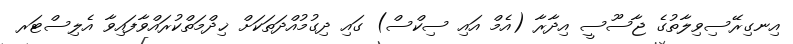
އިނގިރޭސިވިލާތުގެ ޖާސޫސީ އިދާރާ (އެމް އައި ސިކްސް) ގައި ދިގުމުއްދަތަކަށް ޚިދްމަތްކުރައްވާފައިވާ އެލިސްޓަރ